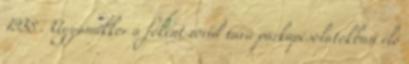
1938 . Ugyanakkor a főként rövid távú párkapcsolatokban élő